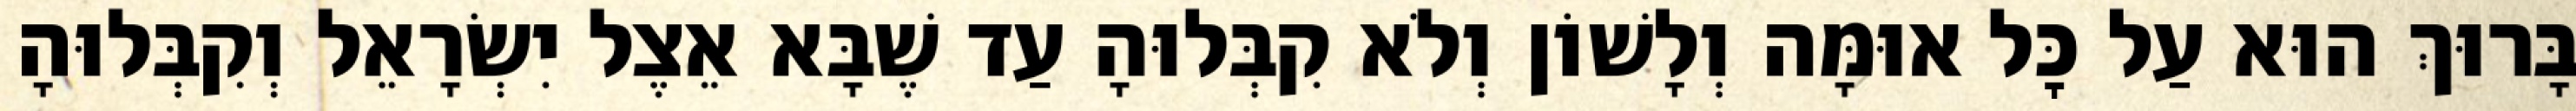
בָּרוּךְ הוּא עַל כׇּל אוּמָּה וְלָשׁוֹן וְלֹא קִבְּלוּהָ עַד שֶׁבָּא אֵצֶל יִשְׂרָאֵל וְקִבְּלוּהָ